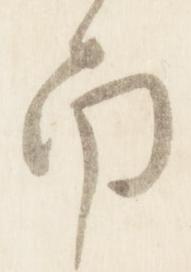
南